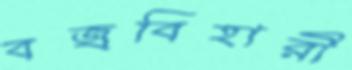
বজ্রবিহারী